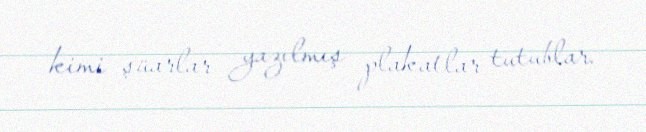
kimi şüarlar yazılmış plakatlar tutublar.